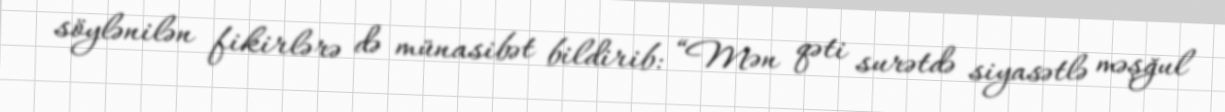
söylənilən fikirlərə də münasibət bildirib: “Mən qəti surətdə siyasətlə məşğul